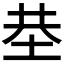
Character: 𡋍